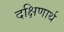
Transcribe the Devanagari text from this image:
दक्षिणार्थ